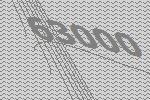
63000